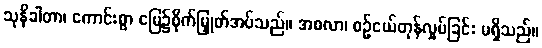
သုနိခါတာ၊ ကောင်းစွာ မြေ၌စိုက်မြှုတ်အပ်သည်။ အစလာ၊ စဉ်ငယ်တုန်လှုပ်ခြင်း မရှိသည်။